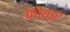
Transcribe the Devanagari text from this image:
फ़ोवार